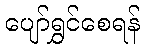
ပျော်ရွှင်စေရန်